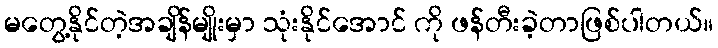
မတွေ့နိုင်တဲ့အချိန်မျိုးမှာ သုံးနိုင်အောင် ကို ဖန်တီးခဲ့တာဖြစ်ပါတယ်။